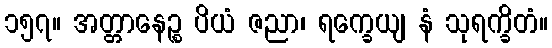
၁၅၇။ အတ္တာနေဉ္စ ပိယံ ဇညာ၊ ရက္ခေယျ နံ သုရက္ခိတံ။